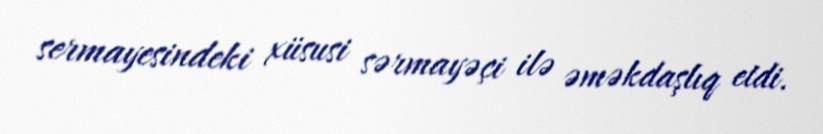
sermayesindeki xüsusi sərmayəçi ilə əməkdaşlıq etdi.